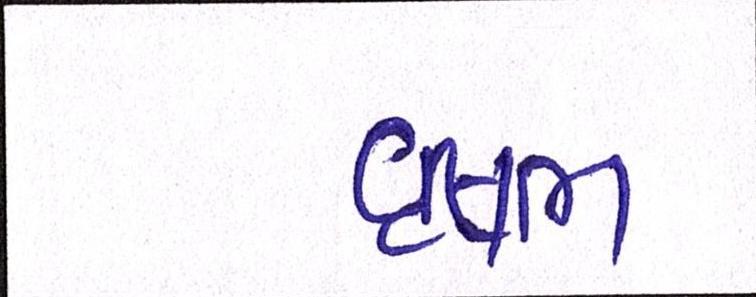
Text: વૃષભ